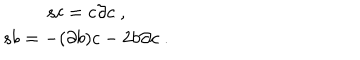
LaTeX: \begin{array} { c } { { s c = c \partial c \; , } } \\ { { s b = - ( \partial b ) c - 2 b \partial c \; . } } \\ \end{array}